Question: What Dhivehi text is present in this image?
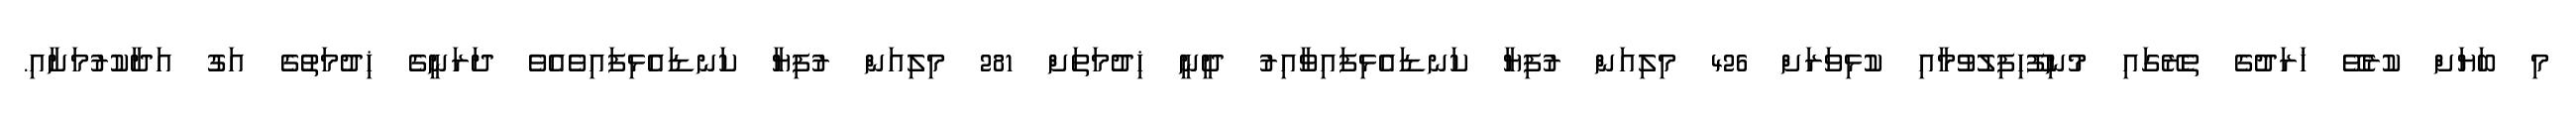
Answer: މި ބަޔަށް ކުރެވޭ ޚަރަދުގެ ތެރޭގައި މުނިފޫހިފިލުވުމާއި ކުޅިވަރަށް 426 މިލިއަން ރުފިޔާ ކަނޑައެޅިފައިވާއިރު ދީނީ ޚިދުމަތަށް 281 މިލިއަން ރުފިޔާ ކަނޑައެޅިފައިވެއެވެ ދަރަނީގެ ޚިދުމަތުގެ އަގު އަދާކުރުމަށާއި.